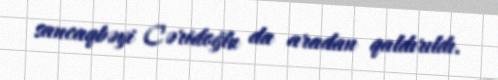
sancaqbəyi Cəridoğlu da aradan qaldırıldı.